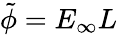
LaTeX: \tilde{\phi}=E_{\infty}L